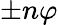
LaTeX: \pm n\varphi